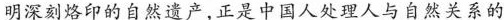
明深刻烙印的自然遗产，正是中国人处理人与自然关系的